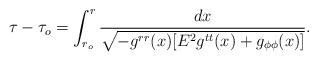
\begin{align*}\tau-\tau_o=\int_{r_o}^r\frac{dx}{\sqrt{-g^{rr}(x)[E^2g^{tt}(x)+g_{\phi\phi}(x)]}}.\end{align*}